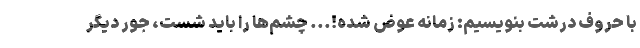
با حروف درشت بنویسیم: زمانه عوض شده!... چشم‌ها را باید شست، جور دیگر